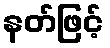
နတ်ဖြင့်